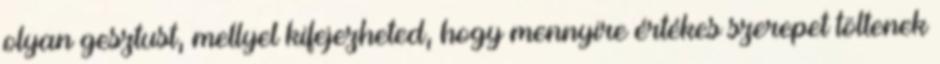
olyan gesztust, mellyel kifejezheted, hogy mennyire értékes szerepet töltenek